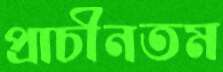
প্রাচীনতম